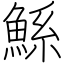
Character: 鯀